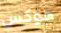
هوكس